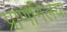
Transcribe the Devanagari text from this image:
प्राणनिलयः